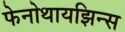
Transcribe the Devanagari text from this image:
फेनोथायझिन्स